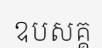
ឧបសគ្គ